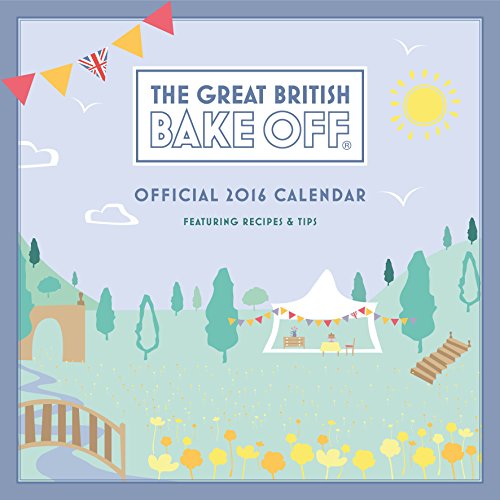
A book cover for The Official Great British Bake off 2016 Square Calendar; Calendars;